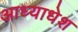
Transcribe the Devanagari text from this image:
आध्याधेश